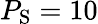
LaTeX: P_{\mathrm{S}}=10